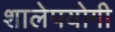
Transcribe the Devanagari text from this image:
शालेपयोगी